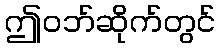
ဤဝဘ်ဆိုက်တွင်